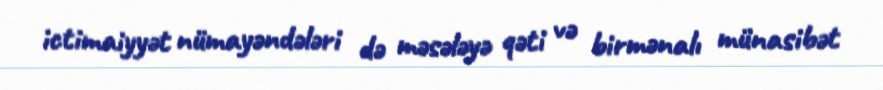
ictimaiyyət nümayəndələri də məsələyə qəti və birmənalı münasibət